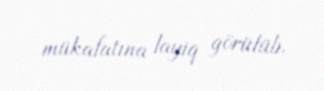
mükafatına layiq görülüb.